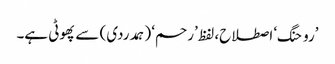
’روحنگ‘ اصطلاح، لفظ ’رحم‘ (ہمدردی) سے پھوٹی ہے۔